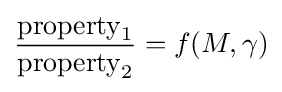
{\frac {{\text{property}}_{1}}{{\text{property}}_{2}}}=f(M,\gamma )